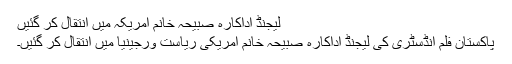
لیجنڈ اداکارہ صبیحہ خانم امریکہ میں انتقال کر گئیں
پاکستان فلم انڈسٹری کی لیجنڈ اداکارہ صبیحہ خانم امریکی ریاست ورجینیا میں انتقال کر گئیں۔